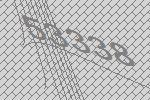
53338